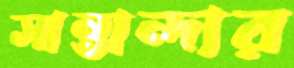
সান্তান্দার